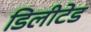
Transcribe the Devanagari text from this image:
डिलीटेड